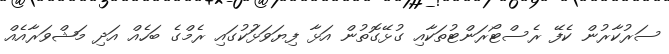
ސަރުކާރުން ކެފޭ ރެސްޓޯރަންޓުތަކާއި ގުޅޭގޮތުން އަޅާ ފިޔަވަޅުަކުގައި ރެމްގެ ބަހެއް އަދި މަޝްވަރާއެއް